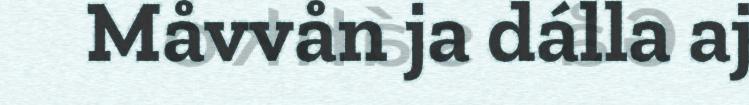
Måvvån ja dálla aj